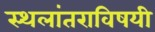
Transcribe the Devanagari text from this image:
स्थलांतराविषयी